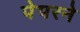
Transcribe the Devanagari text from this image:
पेपरने